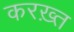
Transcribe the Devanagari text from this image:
करख़्त